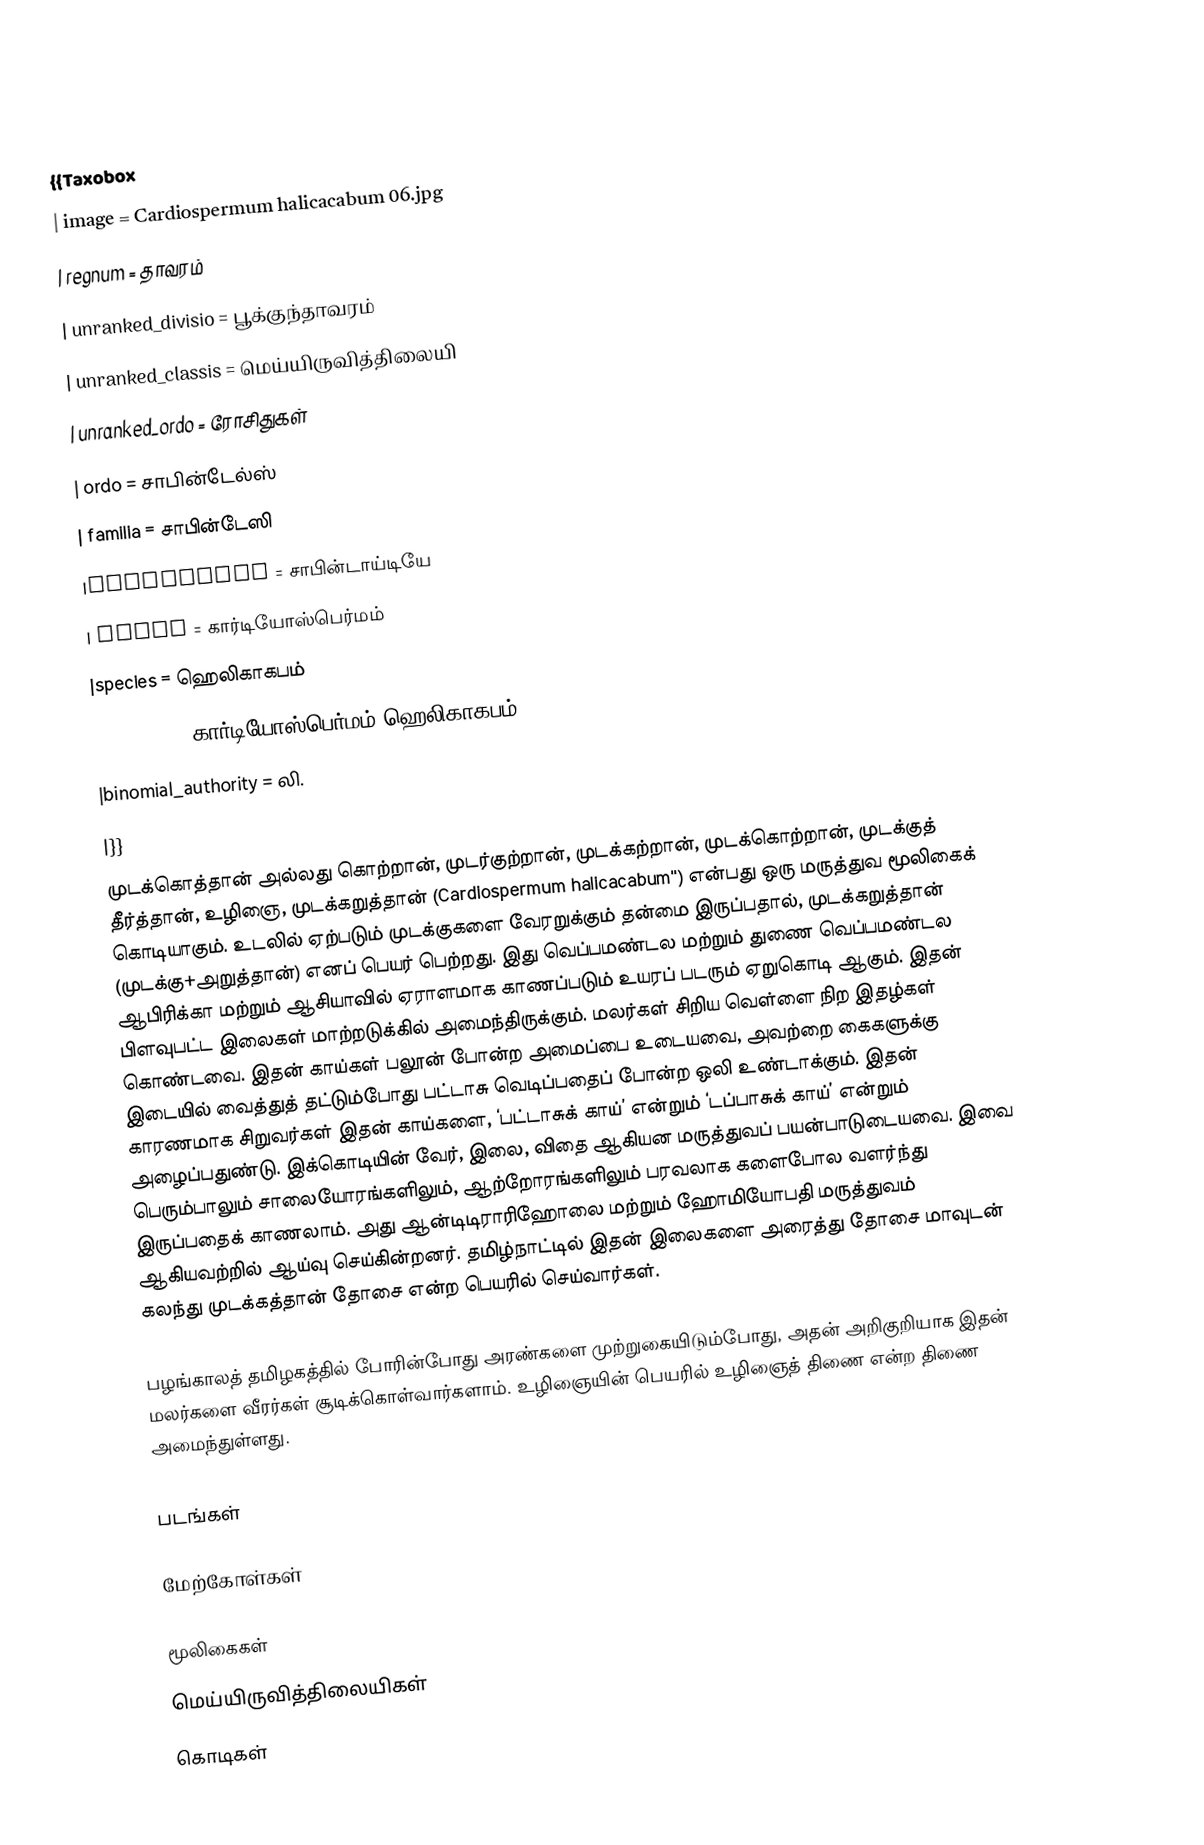
{{Taxobox
| image = Cardiospermum halicacabum 06.jpg
| regnum = தாவரம்
| unranked_divisio = பூக்குந்தாவரம்
| unranked_classis = மெய்யிருவித்திலையி
| unranked_ordo = ரோசிதுகள்
| ordo = சாபின்டேல்ஸ்
| familia = சாபின்டேஸி
|subfamilia = சாபின்டாய்டியே
| genus = கார்டியோஸ்பெர்மம்
|species = ஹெலிகாகபம்
|binomial = கார்டியோஸ்பெர்மம் ஹெலிகாகபம் "
|binomial_authority = லி.
|}}
முடக்கொத்தான் அல்லது கொற்றான், முடர்குற்றான், முடக்கற்றான், முடக்கொற்றான், முடக்குத் தீர்த்தான், உழிஞை, முடக்கறுத்தான் (Cardiospermum halicacabum'') என்பது ஒரு மருத்துவ மூலிகைக் கொடியாகும். உடலில் ஏற்படும் முடக்குகளை வேரறுக்கும் தன்மை இருப்பதால், முடக்கறுத்தான் (முடக்கு+அறுத்தான்) எனப் பெயர் பெற்றது.  இது வெப்பமண்டல மற்றும் துணை வெப்பமண்டல ஆபிரிக்கா மற்றும் ஆசியாவில்  ஏராளமாக காணப்படும்  உயரப் படரும் ஏறுகொடி ஆகும். இதன் பிளவுபட்ட இலைகள் மாற்றடுக்கில் அமைந்திருக்கும். மலர்கள் சிறிய வெள்ளை நிற இதழ்கள் கொண்டவை. இதன் காய்கள் பலூன் போன்ற அமைப்பை உடையவை, அவற்றை கைகளுக்கு இடையில் வைத்துத் தட்டும்போது பட்டாசு வெடிப்பதைப் போன்ற ஒலி உண்டாக்கும். இதன் காரணமாக சிறுவர்கள் இதன் காய்களை, ‘பட்டாசுக் காய்’ என்றும் ‘டப்பாசுக் காய்’ என்றும் அழைப்பதுண்டு. இக்கொடியின் வேர், இலை, விதை ஆகியன மருத்துவப் பயன்பாடுடையவை. இவை  பெரும்பாலும் சாலையோரங்களிலும், ஆற்றோரங்களிலும் பரவலாக களைபோல வளர்ந்து இருப்பதைக் காணலாம்.  அது ஆன்டிடிராரிஹோலை  மற்றும் ஹோமியோபதி மருத்துவம் ஆகியவற்றில் ஆய்வு செய்கின்றனர். தமிழ்நாட்டில் இதன் இலைகளை அரைத்து தோசை மாவுடன் கலந்து முடக்கத்தான் தோசை என்ற பெயரில் செய்வார்கள்.

பழங்காலத் தமிழகத்தில் போரின்போது அரண்களை முற்றுகையிடும்போது, அதன் அறிகுறியாக இதன் மலர்களை  வீரர்கள் சூடிக்கொள்வார்களாம். உழிஞையின் பெயரில் உழிஞைத் திணை என்ற திணை அமைந்துள்ளது.

படங்கள்

மேற்கோள்கள்

மூலிகைகள்
மெய்யிருவித்திலையிகள்
கொடிகள்